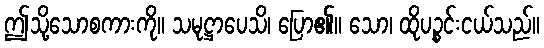
ဤသို့သောစကားကို။ သမုဋ္ဌာပေသိ၊ ပြော၏။ သော၊ ထိုပဉ္စင်းငယ်သည်။